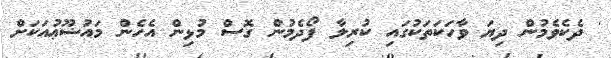
' ދެކެވެމުން ދިޔަ ވާހަކަތަކުގައި ކުރިލާ ފޯދެމުން ގޮސް މުޅިން އެހެން މައުޟޫޢުއަކަށް